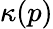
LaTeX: \kappa(p)